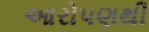
આરોપણથી